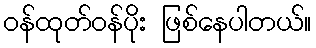
ဝန်ထုတ်ဝန်ပိုး ဖြစ်နေပါတယ်။